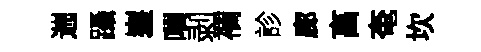
遄躡嵳喟剥襴診廊亯奄坎